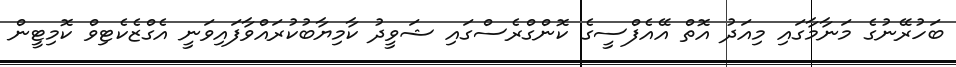
ބަހުރޭނުގެ މަނާމާގައި މިއަދު އޮތް އޭއެފްސީގެ ކޮންގްރެސްގައި ޝަވީދު ކާމިޔާބުކުރައްވާފައިވަނީ އެގްޒެކެޓިވް ކޮމިޓީން